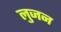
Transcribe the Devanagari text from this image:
लुजन